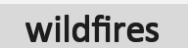
wildfires